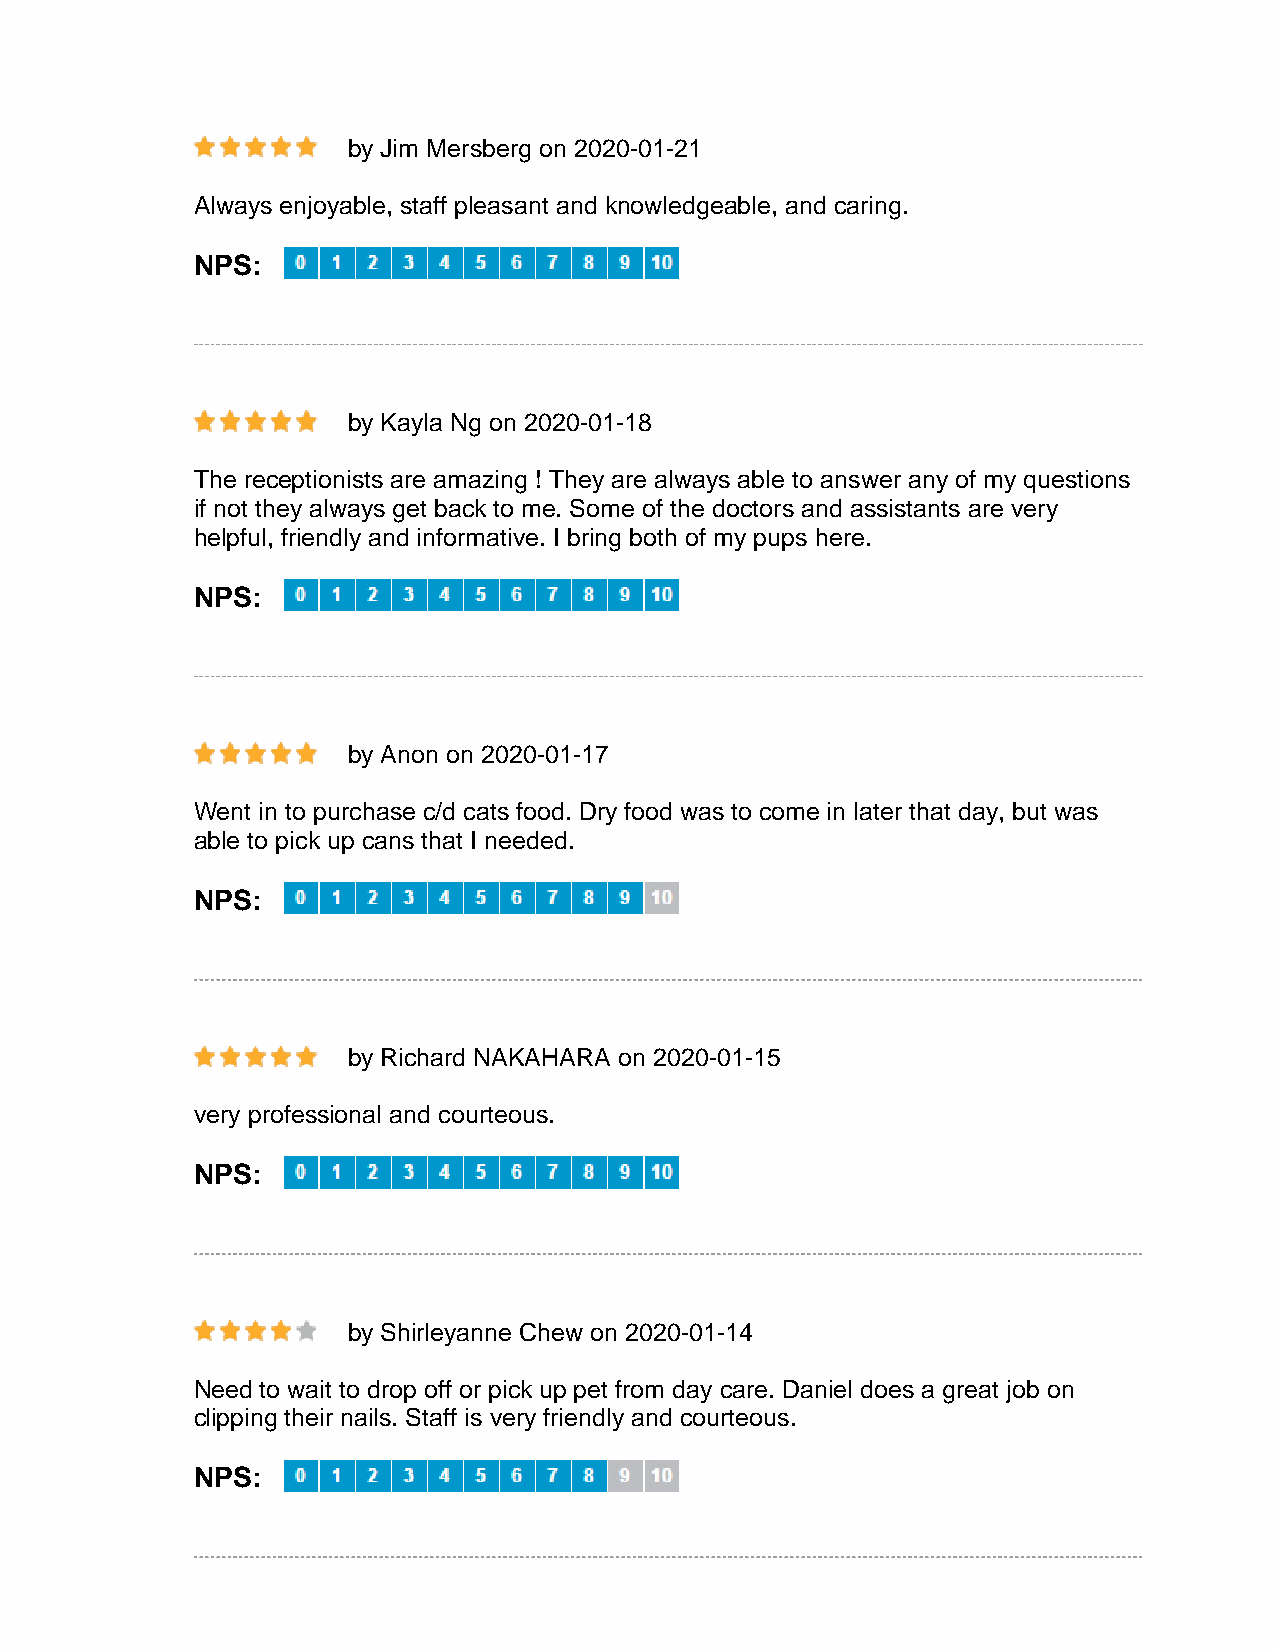
by Jim Mersberg on 2020-01-21
 Always enjoyable, staff pleasant and knowledgeable, and caring.
 NPS:
 by Kayla Ng on 2020-01-18
 The receptionists are amazing ! They are always able to answer any of my questions
 if not they always get back to me. Some of the doctors and assistants are very
 helpful, friendly and informative. I bring both of my pups here.
 NPS:
 by Anon on 2020-01-17
 Went in to purchase c/d cats food. Dry food was to come in later that day, but was
 able to pick up cans that I needed.
 NPS:
 by Richard NAKAHARA on 2020-01-15
 very professional and courteous.
 NPS:
 by Shirleyanne Chew on 2020-01-14
 Need to wait to drop off or pick up pet from day care. Daniel does a great job on
 clipping their nails. Staff is very friendly and courteous.
 NPS: